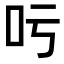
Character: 𠮱